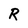
Character: R